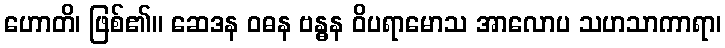
ဟောတိ၊ ဖြစ်၏။ ဆေဒန ဝဓန ဗန္ဓန ဝိပရာမောသ အာလောပ သဟသာကာရာ၊